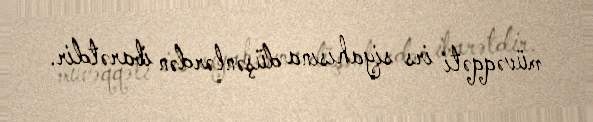
müvəqqəti irs siyahısına düşənlərdən ibarətdir.